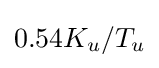
0.54{K_{u}}/T_{u}